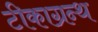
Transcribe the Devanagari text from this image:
टीकाग्रन्थ